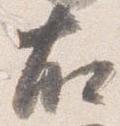
右